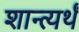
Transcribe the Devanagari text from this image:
शान्त्यर्थं